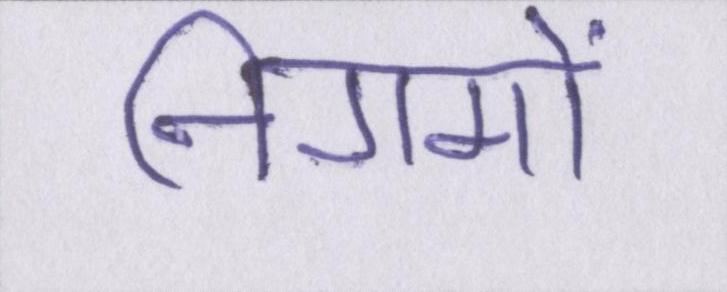
निगमों